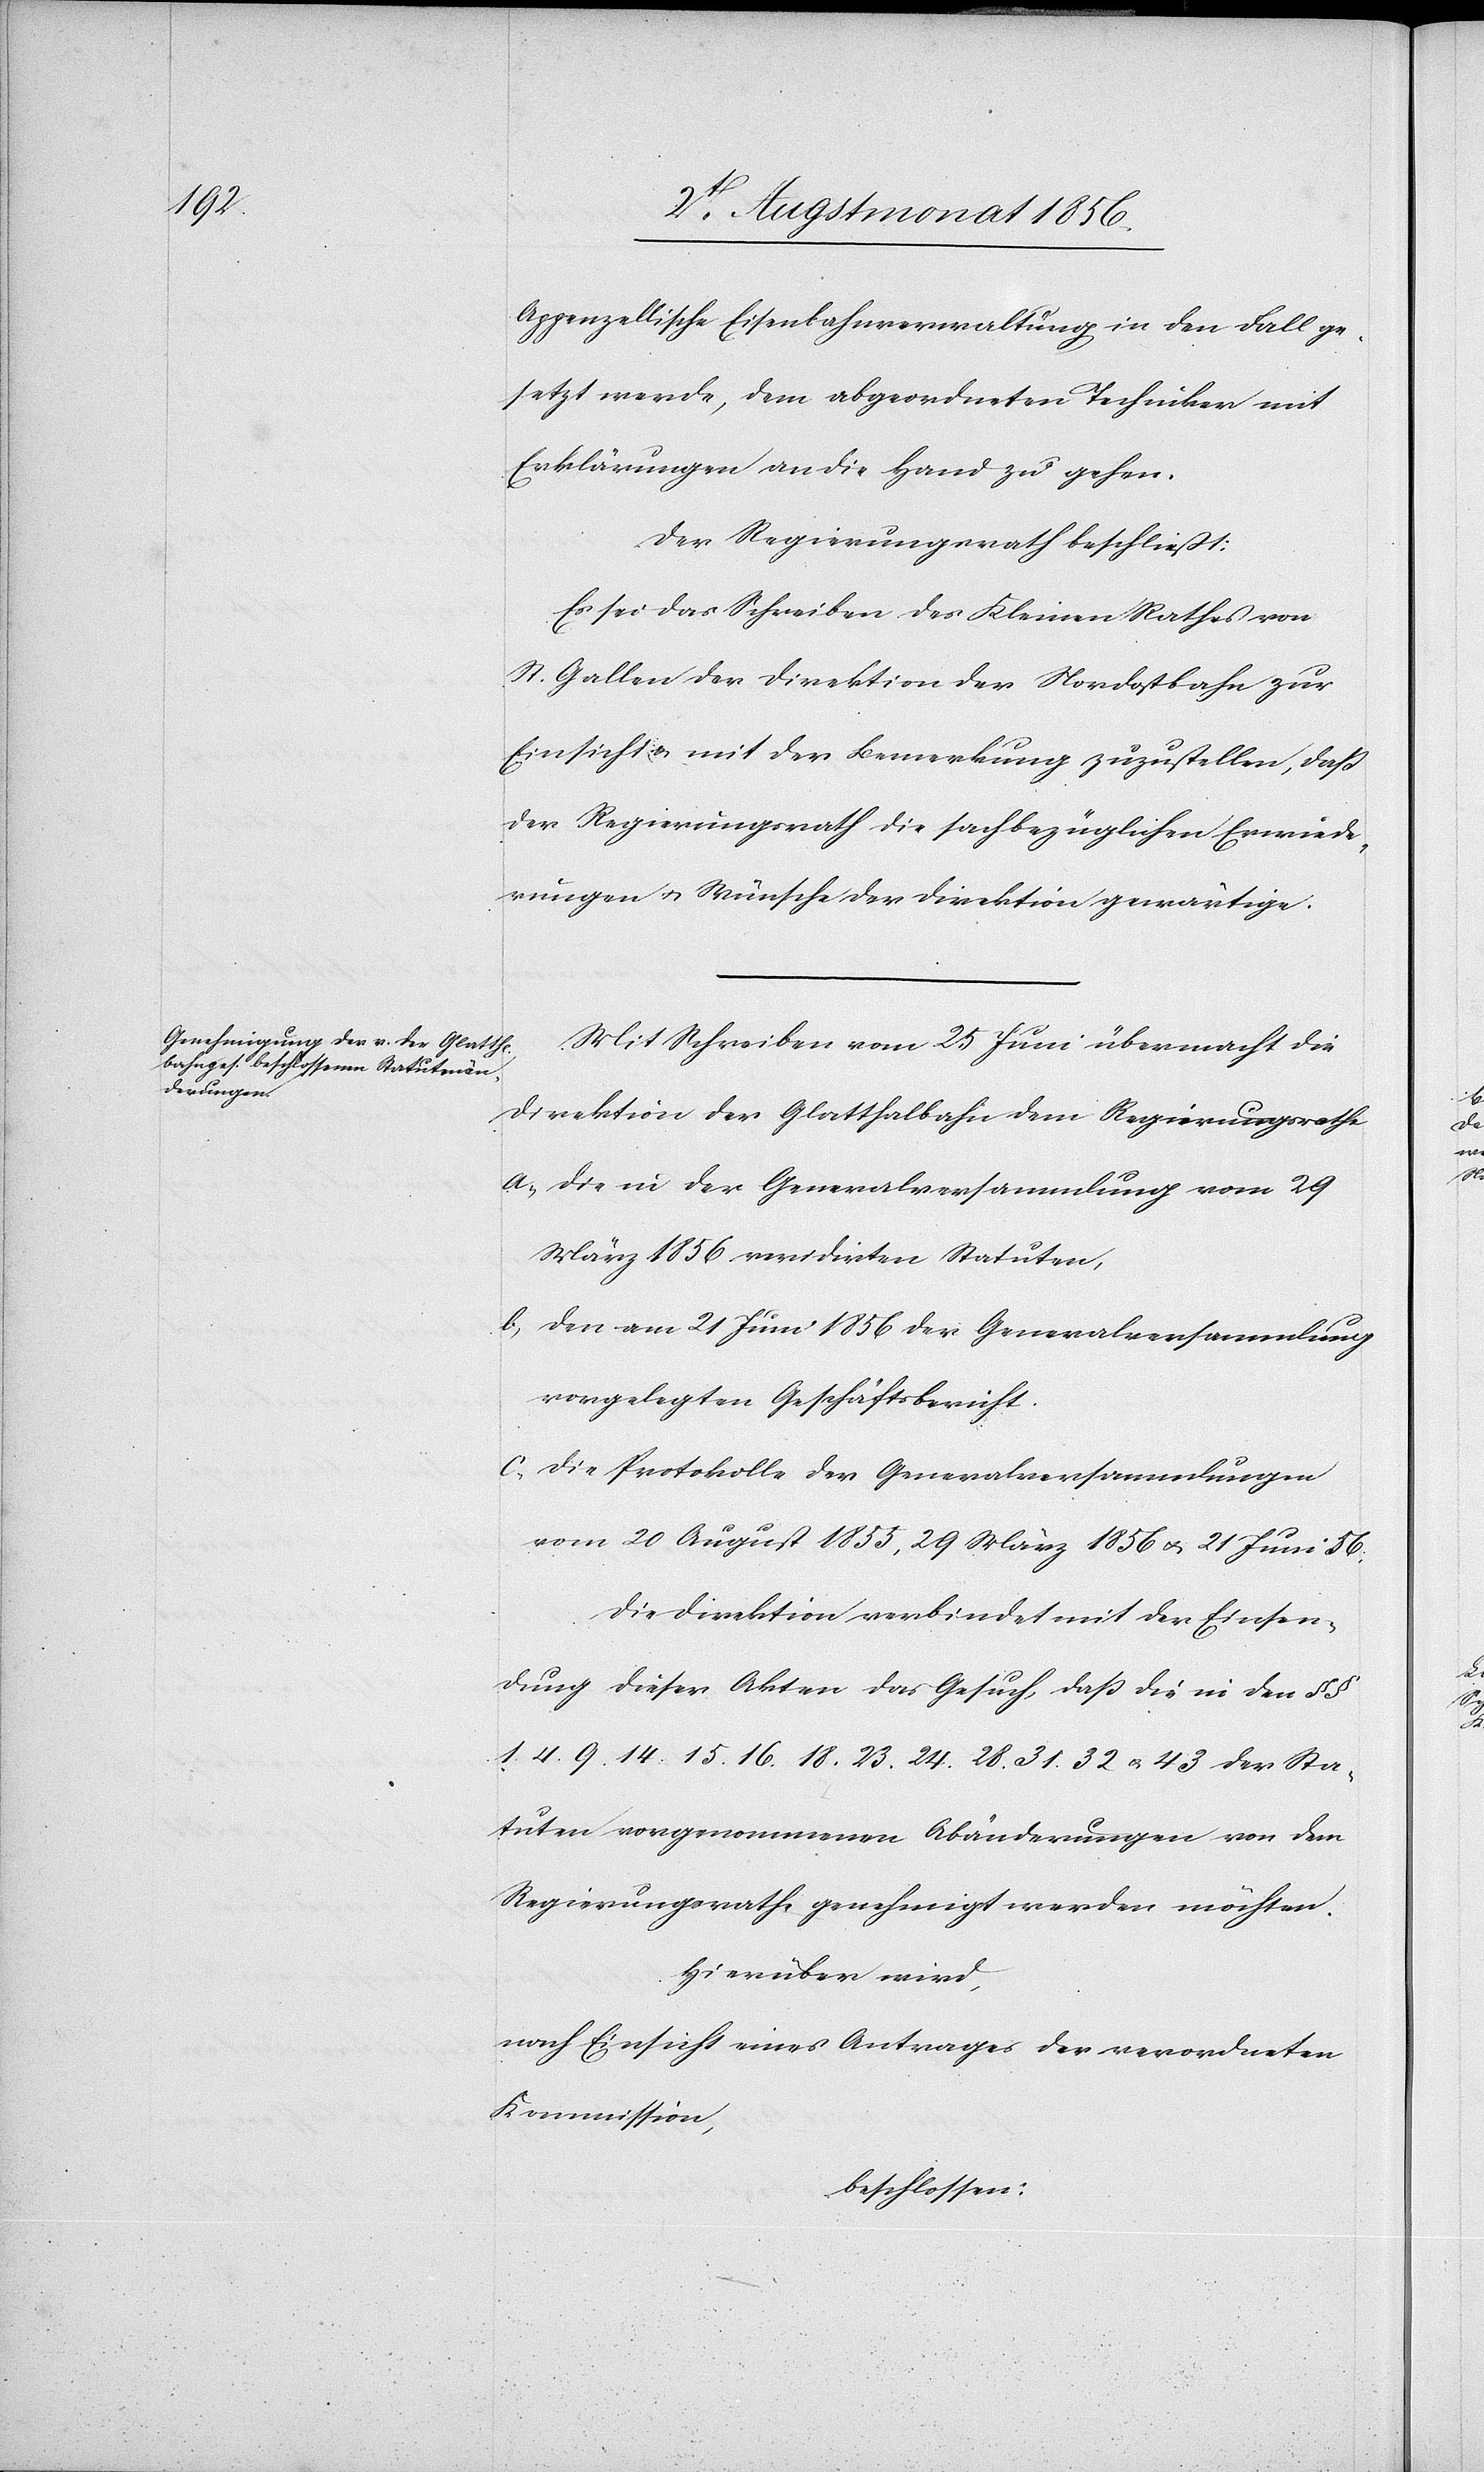
Sta¬

Appenzellische Eisenbahnverwaltung in den Fall ge¬
setzt werde, dem abgeordneten Techniker mit
Erklärungen an die Hand zu gehen.
Der Regierungsrath beschließt:
Es sei das Schreiben der Nordostbahn zur Ein¬
sicht u. mit der Bemerkung zuzustellen, daß
der Regierungsrath die sachbezüglichen Erwiede¬
rungen u. Wünsche der Direktion gewärtige.
Mit Schreiben vom 25 Juni übermacht die
Direktion der Glatthalbahn dem Regierungsrathe
a.) die in der Generalversammlung vom 29
März 1856 revidirten Statuten,
b.) den am 21 Juni 1856 der Generalversammlung
vorgelegten Geschäftsbericht.
c.) die Protokolle der Generalversammlungen
vom 20 August 1855, 29 März 1856 u. 21 Juni 56.
Die Direktion verbindet mit der Einsen¬
dung dieser Akten das Gesuch, dass die in den §§
tuten vorgenommenen Abänderungen von dem
Regierungsrathe genehmigt werden möchten.
Hierüber wird,
nach Einsicht eines Antrages der verordneten
Kommission,
beschlossen: